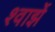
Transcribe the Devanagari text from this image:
श्वार्झे